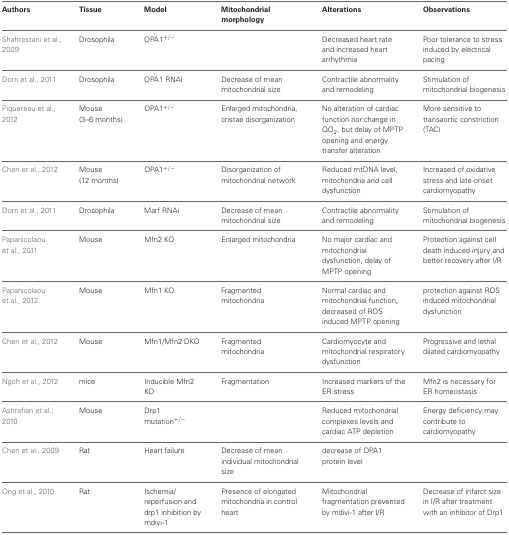
<table><thead><tr><td><b>Authors</b></td><td><b>Tissue</b></td><td><b>Model</b></td><td><b>Mitochondrial morphology</b></td><td><b>Alterations</b></td><td><b>Observations</b></td></tr></thead><tbody><tr><td>Shahrestani et al., 2009</td><td>Drosophila</td><td>OPA1<sup>+/−</sup></td><td></td><td>Decreased heart rate and increased heart arrhythmia</td><td>Poor tolerance to stress induced by electrical pacing</td></tr><tr><td>Dorn et al., 2011</td><td>Drosophila</td><td>OPA1 RNAi</td><td>Decrease of mean mitochondrial size</td><td>Contractile abnormality and remodeling</td><td>Stimulation of mitochondrial biogenesis</td></tr><tr><td>Piquereau et al., 2012</td><td>Mouse (3–6 months)</td><td>OPA1<sup>+/−</sup></td><td>Enlarged mitochondria, cristae disorganization</td><td>No alteration of cardiac function nor change in QO<sub>2</sub>, but delay of MPTP opening and energy transfer alteration</td><td>More sensitive to transaortic constriction (TAC)</td></tr><tr><td>Chen et al., 2012</td><td>Mouse (12 months)</td><td>OPA1<sup>+/−</sup></td><td>Disorganization of mitochondrial network</td><td>Reduced mtDNA level, mitochondria and cell dysfunction</td><td>Increased of oxidative stress and late-onset cardiomyopathy</td></tr><tr><td>Dorn et al., 2011</td><td>Drosophila</td><td>Marf RNAi</td><td>Decrease of mean mitochondrial size</td><td>Contractile abnormality and remodeling</td><td>Stimulation of mitochondrial biogenesis</td></tr><tr><td>Papanicolaou et al., 2011</td><td>Mouse</td><td>Mfn2 KO</td><td>Enlarged mitochondria</td><td>No major cardiac and mitochondrial dysfunction, delay of MPTP opening</td><td>Protection against cell death induced injury and better recovery after I/R</td></tr><tr><td>Papanicolaou et al., 2012</td><td>Mouse</td><td>Mfn1 KO</td><td>Fragmented mitochondria</td><td>Normal cardiac and mitochondrial function, decreased of ROS induced MPTP opening</td><td>protection against ROS induced mitochondrial dysfunction</td></tr><tr><td>Chen et al., 2012</td><td>Mouse</td><td>Mfn1/Mfn2 DKO</td><td>Fragmented mitochondria</td><td>Cardiomyocyte and mitochondrial respiratory dysfunction</td><td>Progressive and lethal dilated cardiomyopathy</td></tr><tr><td>Ngoh et al., 2012</td><td>mice</td><td>Inducible Mfn2 KO</td><td>Fragmentation</td><td>Increased markers of the ER stress</td><td>Mfn2 is necessary for ER homeostasis</td></tr><tr><td>Ashrafian et al., 2010</td><td>Mouse</td><td>Drp1 mutation<sup>+/−</sup></td><td></td><td>Reduced mitochondrial complexes levels and cardiac ATP depletion</td><td>Energy deficiency may contribute to cardiomyopathy</td></tr><tr><td>Chen et al., 2009</td><td>Rat</td><td>Heart failure</td><td>Decrease of mean individual mitochondrial size</td><td>decrease of OPA1 protein level</td><td></td></tr><tr><td>Ong et al., 2010</td><td>Rat</td><td>Ischemia/reperfusion and drp1 inhibition by mdivi-1</td><td>Presence of elongated mitochondria in control heart</td><td>Mitochondrial fragmentation prevented by mdivi-1 after I/R</td><td>Decrease of infarct size in I/R after treatment with an inhibitor of Drp1</td></tr></tbody></table>